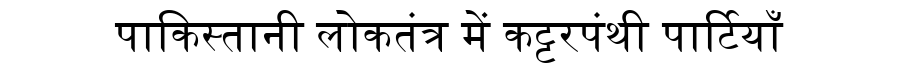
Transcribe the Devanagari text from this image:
पाकिस्तानी लोकतंत्र में कट्टरपंथी पार्टियाँ